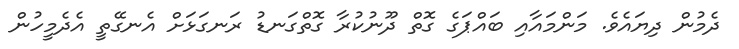
ދެމުން ދިޔައެވެ. މަންމައާއި ބައްޕަގެ ގޮތް ދޫނުކުރާ ގޮތްގަނޑު ރަނގަޅަށް އެނގޭތީ އެދެމީހުން